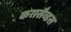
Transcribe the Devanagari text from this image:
करासैव्डस